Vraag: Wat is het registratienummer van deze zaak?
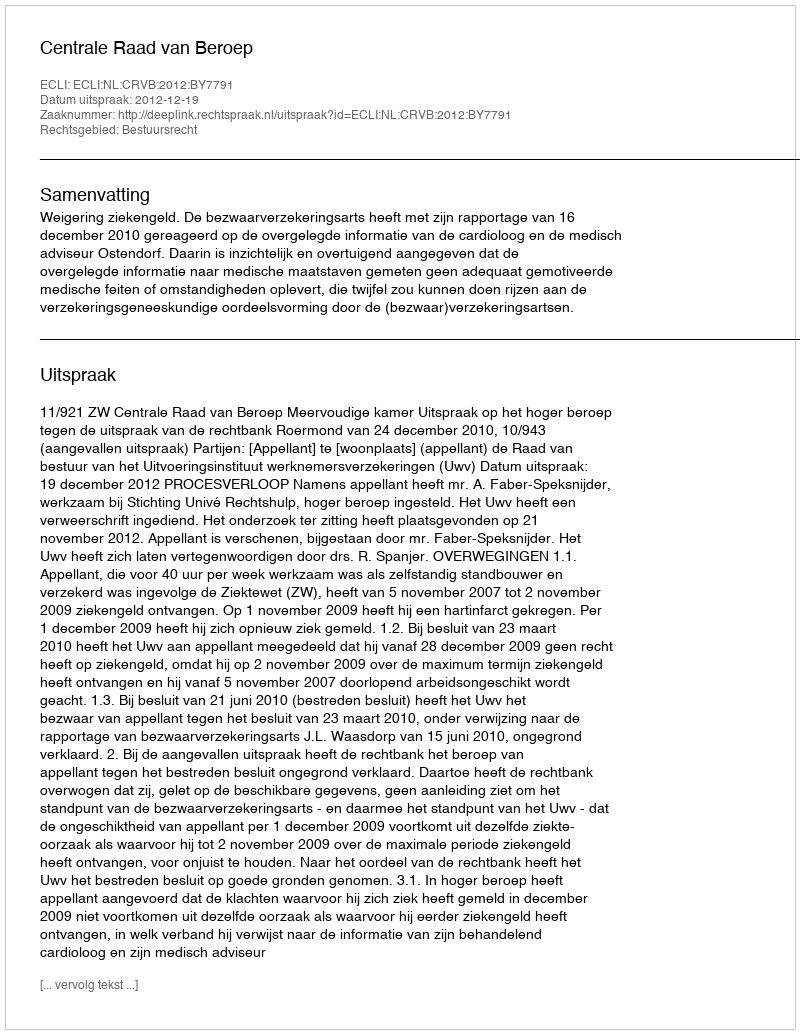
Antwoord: http://deeplink.rechtspraak.nl/uitspraak?id=ECLI:NL:CRVB:2012:BY7791